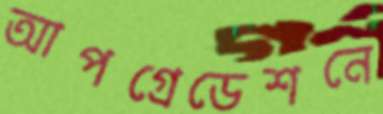
আপগ্রেডেশনে